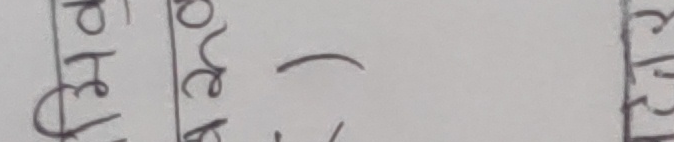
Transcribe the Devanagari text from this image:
प्रेरित